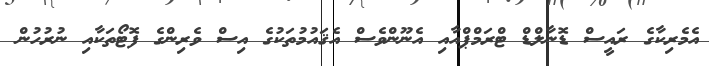
އެމެރިކާގެ ރައީސް ޑޮނާލްޑް ޓްރަމްޕްއާއި އެނޫންވެސް އެޤައުމުތަކުގެ އިސް ވެރިންގެ ފޮޓޯތަކާއި ނުރުހުން